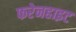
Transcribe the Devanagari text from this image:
फरेनहाइट